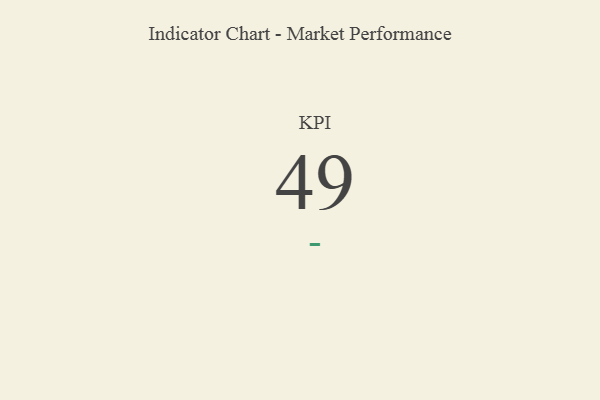
{"axis": {"x": "KPI", "y": "Value"}, "legend": [""], "data": [{"x": "KPI", "y": 49, "type": ""}]}